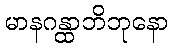
မာနဂန္ထာဘိဘုနော